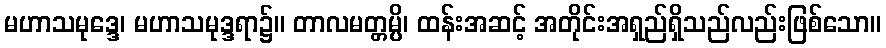
မဟာသမုဒ္ဒေ၊ မဟာသမုဒ္ဒရာ၌။ တာလမတ္တမ္ပိ၊ ထန်းအဆင့် အတိုင်းအရှည်ရှိသည်လည်းဖြစ်သော။